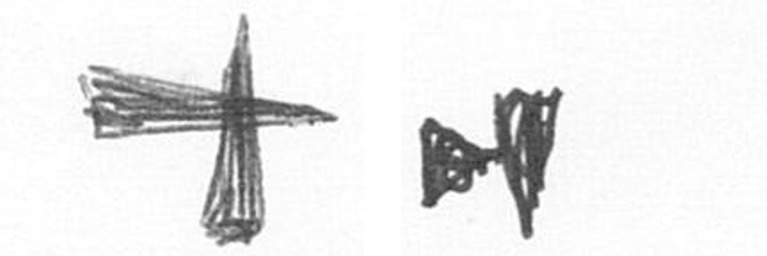
G M